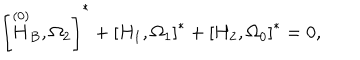
\left[ \stackrel { \left( 0 \right) } { H } _ { B } , \Omega _ { 2 } \right] ^ { * } + \left[ H _ { 1 } , \Omega _ { 1 } \right] ^ { * } + \left[ H _ { 2 } , \Omega _ { 0 } \right] ^ { * } = 0 ,